Leaving Certificate Examination (including Day School Certificate (Higher) General paper), 1932
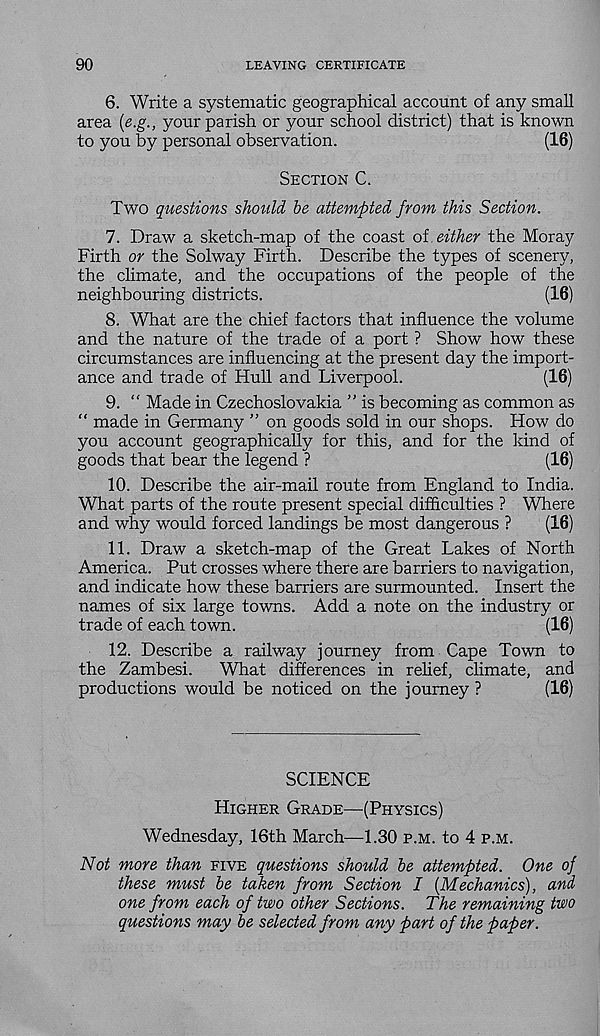
90
LEAVING CERTIFICATE
6. Write a systematic geographical account of any small
area (e.g., your parish or your school district) that is known
to you by personal observation.
(16)
Section C.
Two questions shoitld be attempted from this Section.
7. Draw a sketch-map of the coast of either the Moray
Firth or the Solway Firth. Describe the types of scenery,
the climate, and the occupations of the people of the
neighbouring districts.
(16)
8. What are the chief factors that influence the volume
and the nature of the trade of a port ? Show how these
circumstances are influencing at the present day the import-
ance and trade of Hull and Liverpool.
(16)
9. “ Made in Czechoslovakia ” is becoming as common as
“ made in Germany ” on goods sold in our shops. How do
you account geographically for this, and for the kind of
goods that bear the legend ?
(16)
10. Describe the air-mail route from England to India.
What parts of the route present special difficulties ? Where
and why would forced landings be most dangerous ?
(16)
11. Draw a sketch-map of the Great Lakes of North
America. Put crosses where there are barriers to navigation,
and indicate how these barriers are surmounted. Insert the
names of six large towns. Add a note on the industry or
trade of each town.
(16)
12. Describe a railway journey from Cape Town to
the Zambesi.
What differences in rehef, climate, and
productions would be noticed on the journey ?
(16)
SCIENCE
Higher Grade—(Physics)
Wednesday, 16th March—1.30 p.m. to 4 p.m.
Not more than five questions should be attempted. One of
these must be taken from Section I [Mechanics), and,
one from each of two other Sections. The remaining two
questions may be selected from any part of the paper.